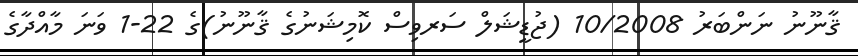
ޤާނޫނު ނަންބަރު 10/2008 (ޖުޑީޝަލް ސަރވިސް ކޮމިޝަނުގެ ޤާނޫނު)ގެ 22-1 ވަނަ މާއްދާގެ